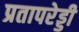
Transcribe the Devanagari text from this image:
प्रतापरेड्डी